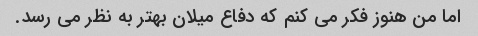
اما من هنوز فکر می کنم که دفاع میلان بهتر به نظر می رسد.